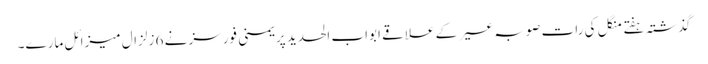
گذشتہ ہفتے منگل کی رات صوبہ عسیر کے علاقے ابواب الحدید پر یمنی فورسز نے 6 زلزال میزائل مارے۔